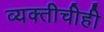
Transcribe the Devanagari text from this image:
व्यक्तीचीही